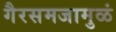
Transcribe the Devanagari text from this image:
गैरसमजामुळं